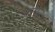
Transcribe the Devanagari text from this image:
जम्पंग